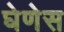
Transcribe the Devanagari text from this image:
घेणेस